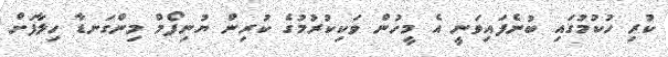
ކުރި ހުކުމުގައި ބުނެފައިވަނީ އެ މީހުން ވަކިކުރުމުގެ ކުރިން ޔުނިފޯމް މިންގަނޑާ ހިލާފަށް